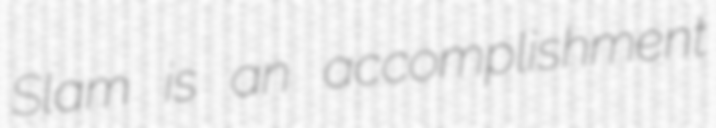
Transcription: Slam is an accomplishment